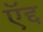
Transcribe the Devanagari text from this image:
ऍद्द